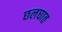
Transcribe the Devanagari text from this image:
छलघात